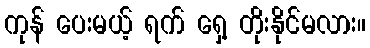
ကုန် ပေးမယ့် ရက် ရှေ့ တိုးနိုင်မလား။